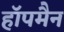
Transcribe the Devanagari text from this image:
हॉपमैन